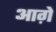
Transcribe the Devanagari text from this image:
आग़े